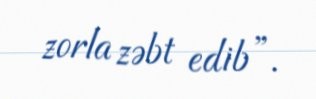
zorla zəbt edib”.